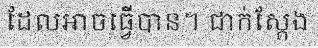
ដែលអាចធ្វើបាន។ ជាក់ស្តែង